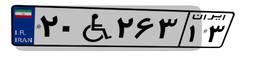
۲۰W۲۶۳۱۳